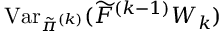
\operatorname { V a r } _ { \tilde { \pi } ^ { ( k ) } } ( \widetilde { F } ^ { ( k - 1 ) } W _ { k } )